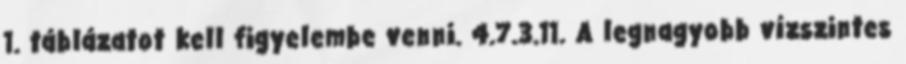
1. táblázatot kell figyelembe venni. 4.7.3.11. A legnagyobb vízszintes